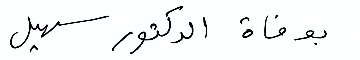
بوافة سهيل